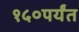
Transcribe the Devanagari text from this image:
१५०पर्यंत